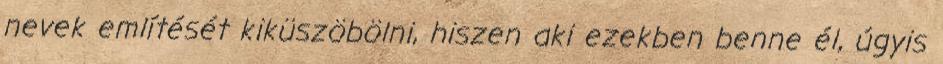
nevek említését kiküszöbölni, hiszen aki ezekben benne él, úgyis